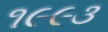
૧૯૯૩